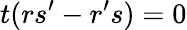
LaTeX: t(rs^{\prime}-r^{\prime}s)=0